Senior Leaving Certificate Examination (including Day School Certificate (Higher) General paper), 1946
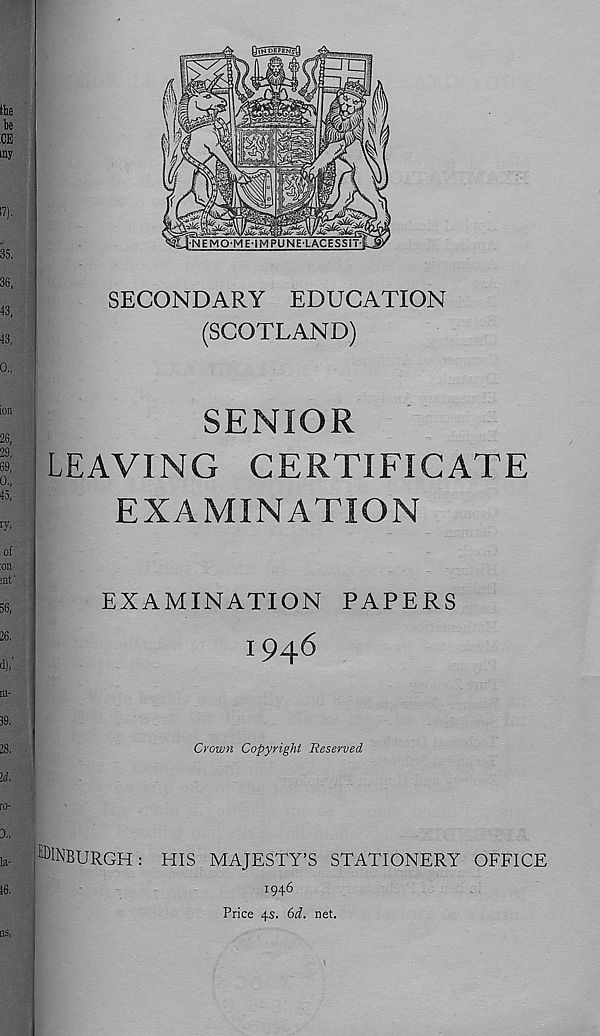
SECONDARY EDUCATION
(SCOTLAND)
SENIOR
LEAVING CERTIFICATE
EXAMINATION
EXAMINATION PAPERS
1946
Crown Copyright Reserved
I EDINBURGH: HIS MAJESTY’S STATIONERY OFFICE
1946
Price 4s. 6d. net.
ill.
u ■ i